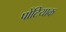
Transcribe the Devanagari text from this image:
पोंटियाक